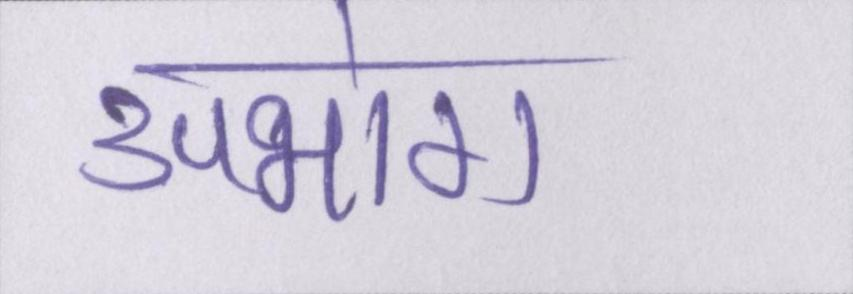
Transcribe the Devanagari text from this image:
उपभोग